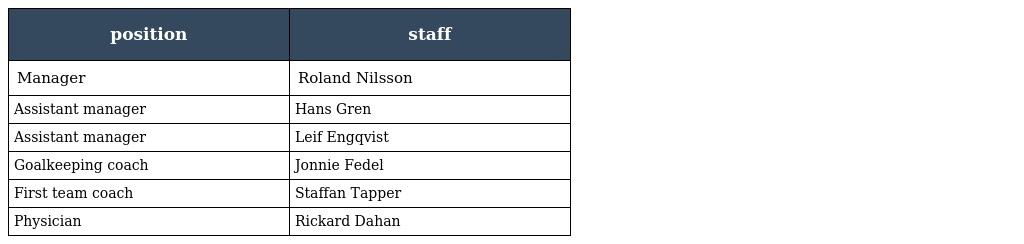
| position | staff |
 | --- | --- |
 | Manager | Roland Nilsson |
 | Assistant manager | Hans Gren |
 | Assistant manager | Leif Engqvist |
 | Goalkeeping coach | Jonnie Fedel |
 | First team coach | Staffan Tapper |
 | Physician | Rickard Dahan |